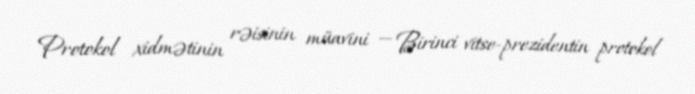
Protokol xidmətinin rəisinin müavini — Birinci vitse-prezidentin protokol